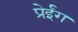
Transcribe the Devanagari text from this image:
प्रेईंग